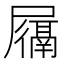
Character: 𫵩